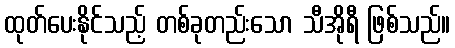
ထုတ်ပေးနိုင်သည့် တစ်ခုတည်းသော သီအိုရီ ဖြစ်သည်။